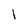
Character: 1